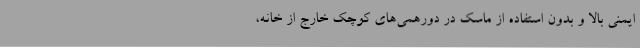
ایمنی بالا و بدون استفاده از ماسک در دورهمی‌های کوچک خارج از خانه،